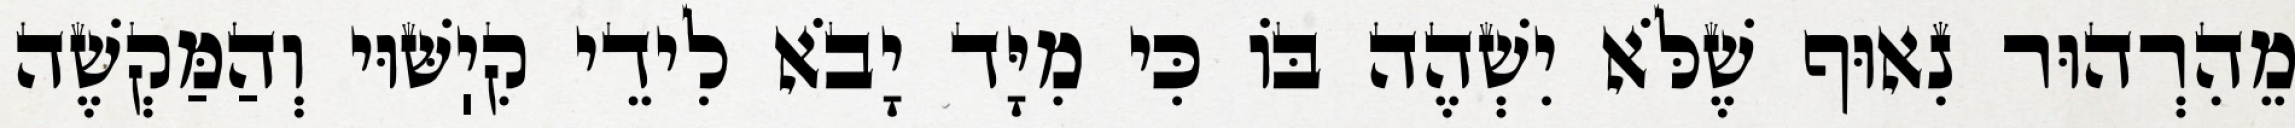
מֵהִרְהוּר נִאוּף שֶׁלֹּא יִשְׁהֶה בּוֹ כִּי מִיָּד יָבֹא לִידֵי קִיֽשּׁוּי וְהַמַּקְשֶׁה